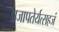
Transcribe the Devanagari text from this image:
प्रजापतेर्यत्सहजं